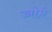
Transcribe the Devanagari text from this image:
च्चोमे